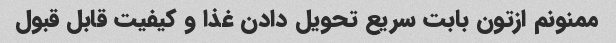
ممنونم ازتون بابت سریع تحویل دادن غذا و کیفیت قابل قبول